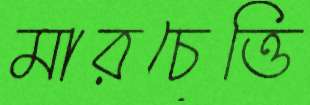
মারচেত্তি